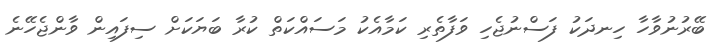
ބޭރުނުވާހާ ހިނދަކު ފަސްނުޖެހި ވަފާތެރި ކަމާއެކު މަސައްކަތް ކުރާ ބަޔަކަށް ސިފައިން ވާންޖެހޭނެ